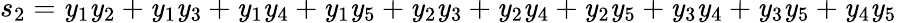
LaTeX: s_{2}=\mathit{y}_{1}\mathit{y}_{2}+\mathit{y}_{1}\mathit{y}_{3}+\mathit{y}_{1}\mathit{y}_{4}+\mathit{y}_{1}\mathit{y}_{5}+\mathit{y}_{2}\mathit{y}_{3}+\mathit{y}_{2}\mathit{y}_{4}+\mathit{y}_{2}\mathit{y}_{5}+\mathit{y}_{3}\mathit{y}_{4}+\mathit{y}_{3}\mathit{y}_{5}+\mathit{y}_{4}\mathit{y}_{5}